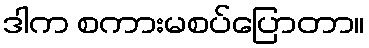
ဒါက စကားမစပ်ပြောတာ။